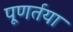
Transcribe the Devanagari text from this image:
पूणर्तया